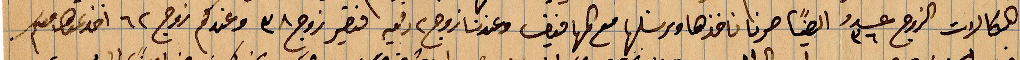
هكالات الروج عدد ٣٦ ايضًا صرنا ناخذها ونرسلها مع المهافيف وعندنا زوج ٢ فتصير زوج ٣٨ وعندكن زوج ٦٢  اخد عنها معكم